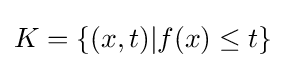
K=\{(x,t)|f(x)\leq t\}